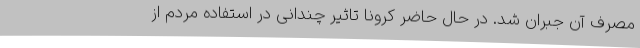
مصرف آن جبران شد. در حال حاضر کرونا تاثیر چندانی در استفاده مردم از